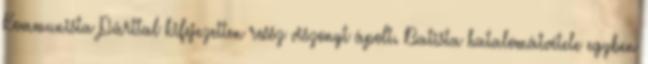
Kommunista Párttal kifejezetten rossz viszonyt ápolt. Batista hatalomátvétele egyben